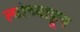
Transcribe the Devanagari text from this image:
त्यांच्याहून